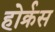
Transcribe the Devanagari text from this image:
होर्क्रस